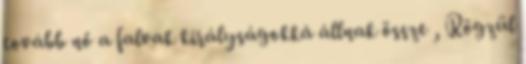
tovább nő a falvak királyságokká állnak össze , Rögzül